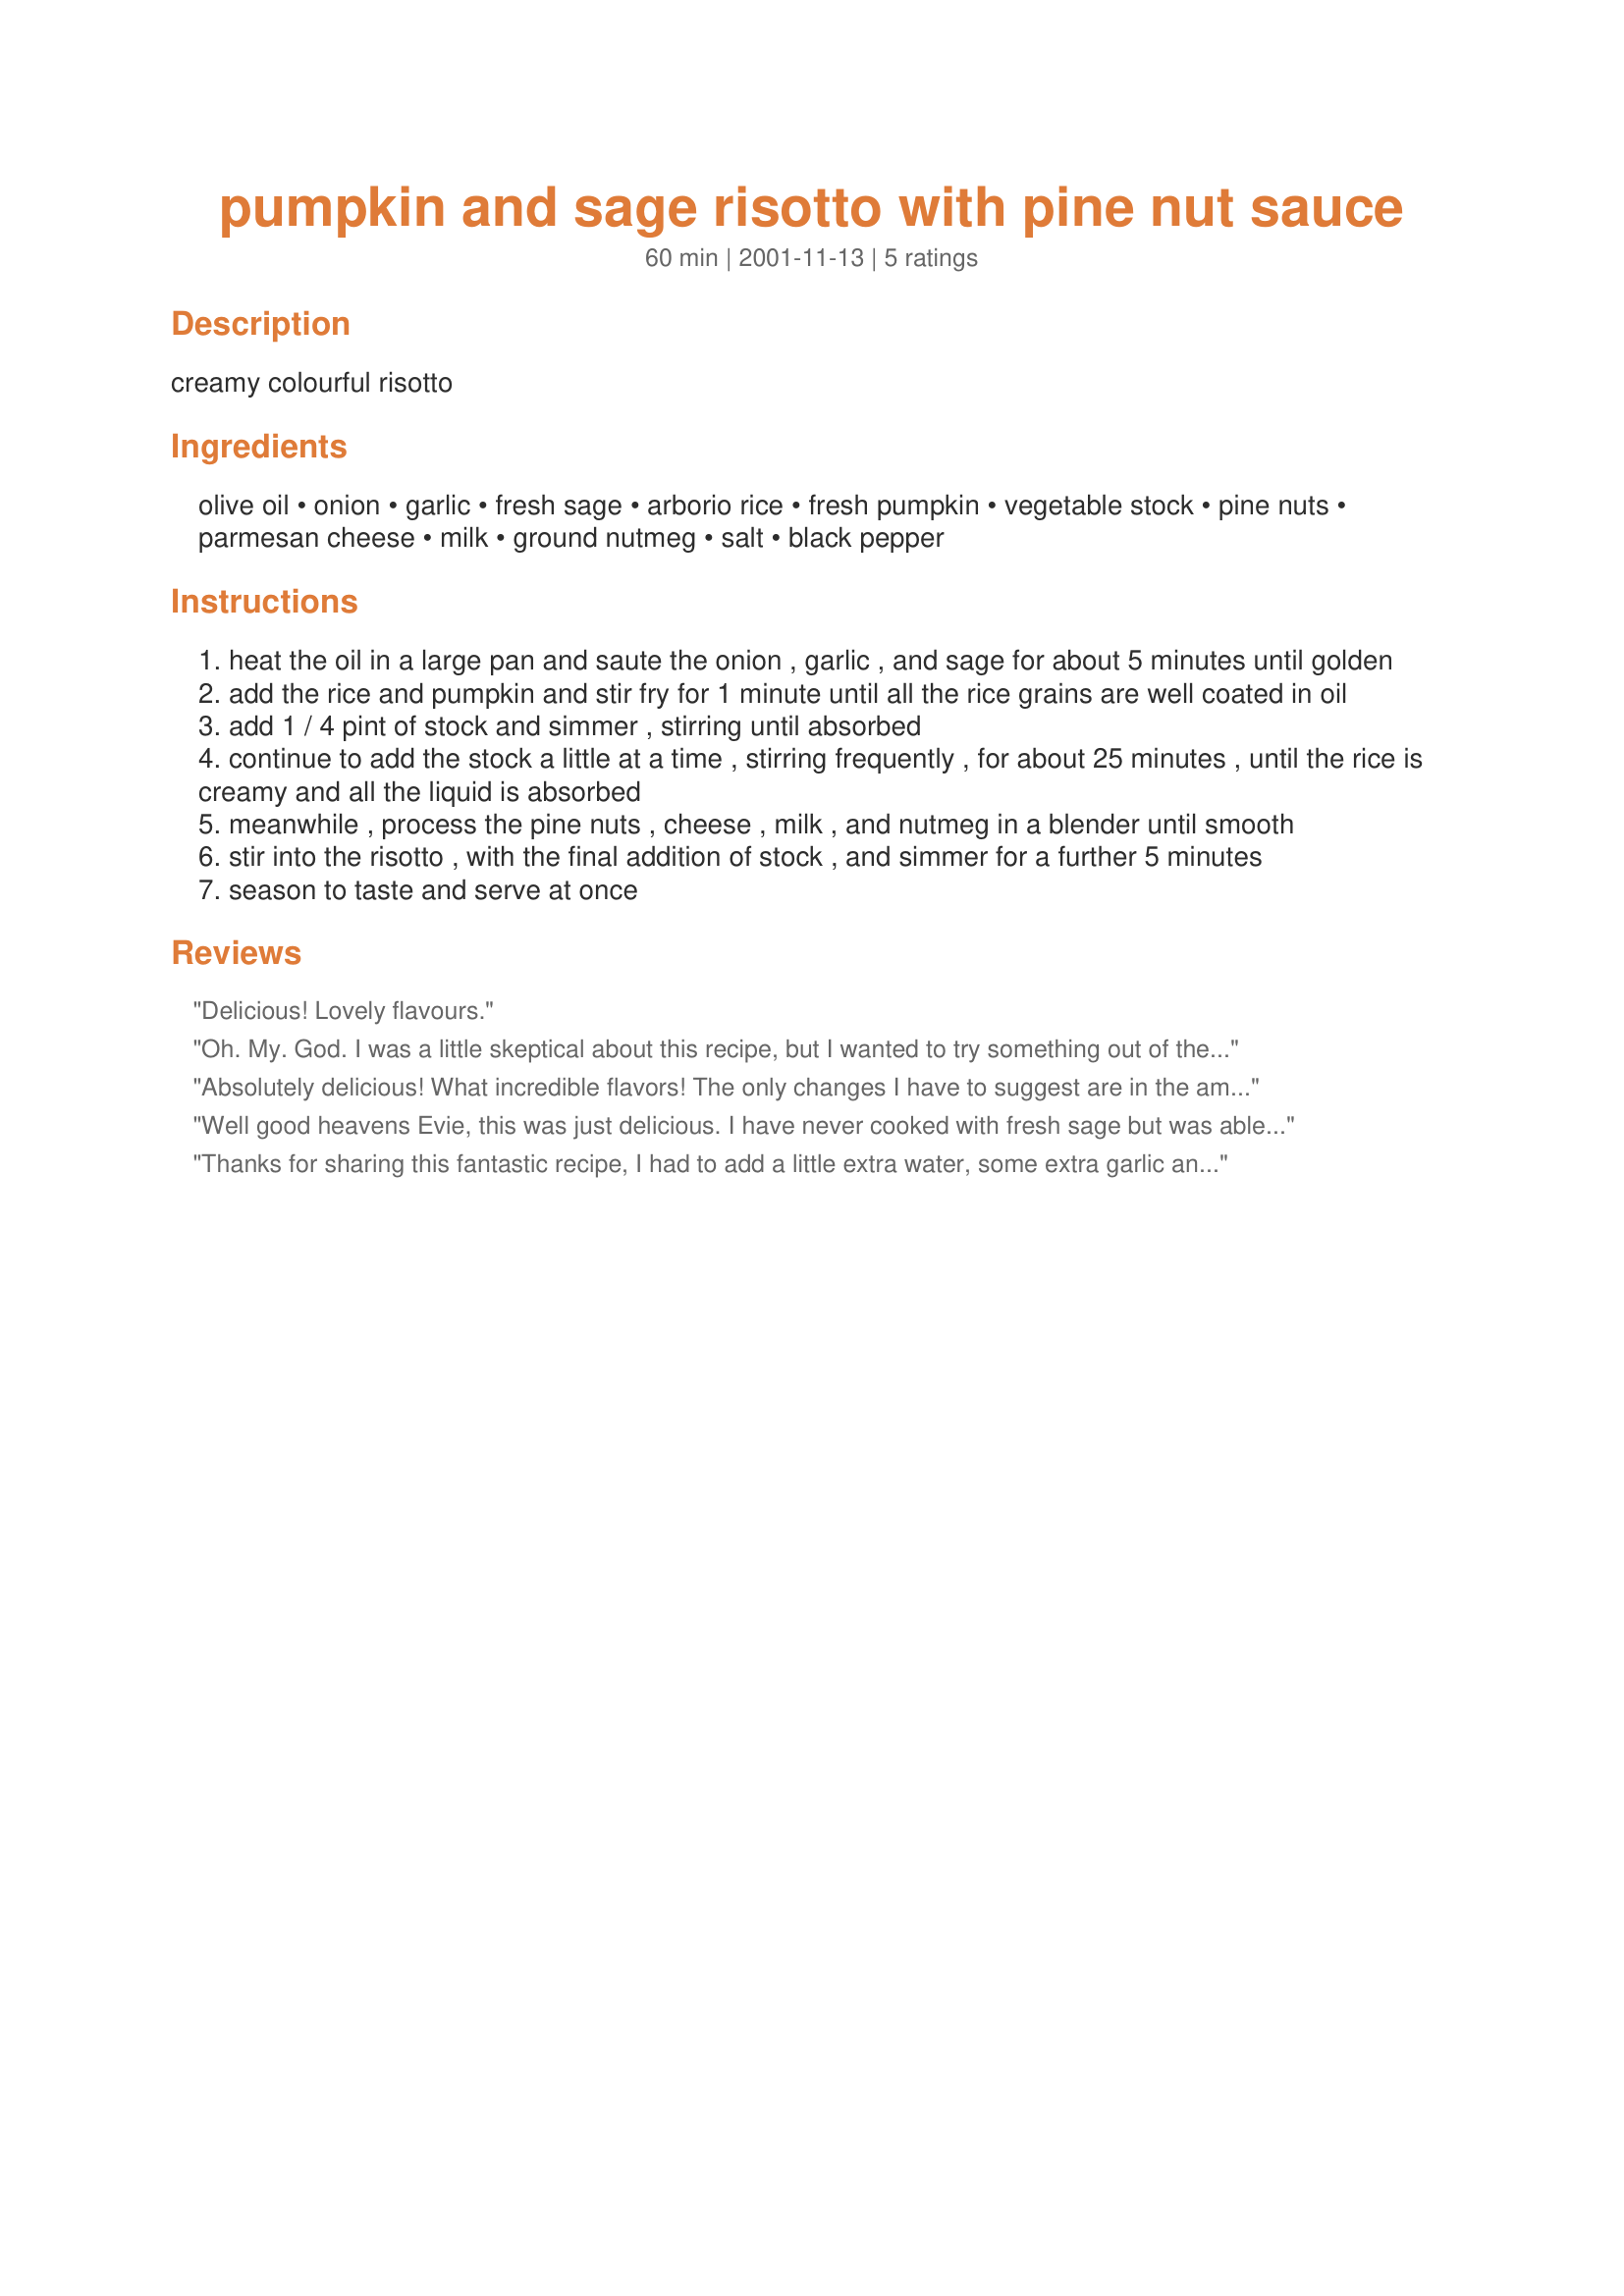
pumpkin and sage risotto with pine nut sauce
Preparation time: 60 minutes

creamy colourful risotto

Ingredients:
olive oil, onion, garlic, fresh sage, arborio rice, fresh pumpkin, vegetable stock, pine nuts, parmesan cheese, milk, ground nutmeg, salt, black pepper

Steps:
heat the oil in a large pan and saute the onion , garlic , and sage for about 5 minutes until golden
add the rice and pumpkin and stir fry for 1 minute until all the rice grains are well coated in oil
add 1 / 4 pint of stock and simmer , stirring until absorbed
continue to add the stock a little at a time , stirring frequently , for about 25 minutes , until the rice is creamy and all the liquid is absorbed
meanwhile , process the pine nuts , cheese , milk , and nutmeg in a blender until smooth
stir into the risotto , with the final addition of stock , and simmer for a further 5 minutes
season to taste and serve at once

Reviews:
Delicious! Lovely flavours.
Oh. My. God.
I was a little skeptical about this recipe, but I wanted to try something out of the ordinary anyway. And it was AMAZING. The flavors were so fantastic! I used Fontina cheese instead of Parmesan and walnuts instead of pine nuts. But it was SO GOOD!
I'm going to go lick the pan now...
Absolutely delicious! What incredible flavors! The only changes I have to suggest are in the amount of stock needed, which is closer to 5 to 6 cups or more. This was wonderful risotto and I thank you so much for this recipe!! Dianne
Well good heavens Evie, this was just delicious. I have never cooked with fresh sage but was able to get ahold of some. Wow, is all I can say. What flavor!! This was a beautiful risotto with a fabulous taste. The pumpkin and sage flavors went well together I thought. Thanks for a wonderful Fall dish.
Thanks for sharing this fantastic recipe,
I had to add a little extra water, some extra garlic and spices it turned out great. I will be making this again.
oh I also steamed a chicken breast and shredded it into the mix. YUM!!!
